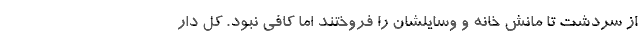
از سردشت تا مانش خانه و وسایلشان را فروختند اما کافی نبود. کل دار